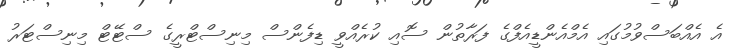
އެ އެއްބަސްވުމުގައި އެމްއެންޑީއެފްގެ ފަރާތުން ސޮއި ކުރެއްވީ ޑިފެންސް މިނިސްޓްރީގެ ސްޓޭޓް މިނިސްޓަރު